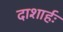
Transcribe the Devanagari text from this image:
दाशार्हः